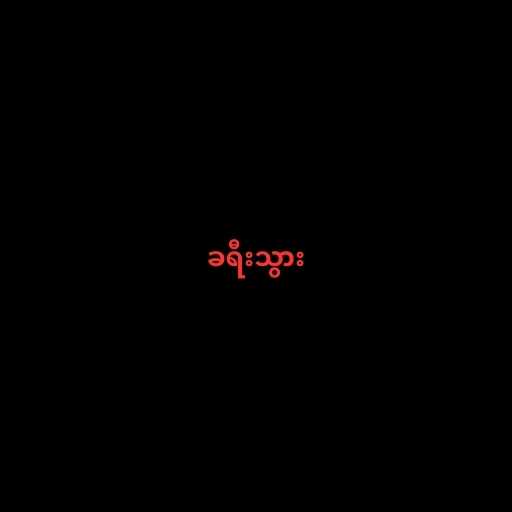
ခရီးသွား